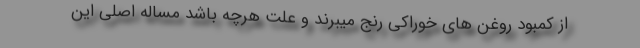
از کمبود روغن های خوراکی رنج میبرند و علت هرچه باشد مساله اصلی این